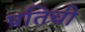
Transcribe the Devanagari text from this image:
प्रतिची